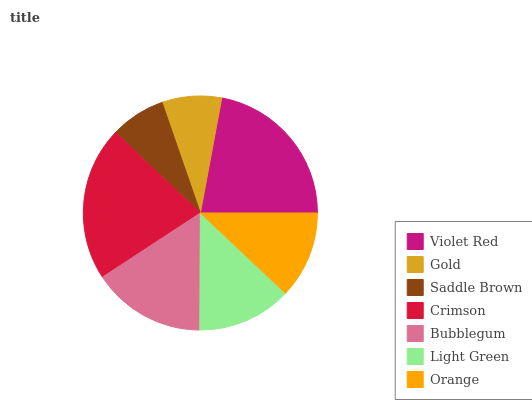
| Violet Red | Gold | Saddle Brown | Crimson | Bubblegum | Light Green | Orange |
 | --- | --- | --- | --- | --- | --- | --- |
 | 22.1% | 8.22% | 7.6% | 21.3% | 15.7% | 13% | 12% |